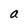
Character: a